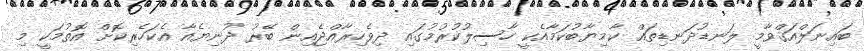
ބައިނަލްއަޤްވާމީ ލަނޑުދަނޑިތައް ކާމިޔާބުކަމާއެކީ ހާސިލުކުރުމުގައި ދިވެހިރާއްޖެއިން ބޭރު ދުނިޔެއާ އެކަހެރިކޮށް އޮތުމަކީ މި